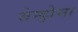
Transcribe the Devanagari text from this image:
बेन्झेमा